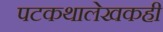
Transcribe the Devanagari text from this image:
पटकथालेखकही